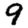
Digit: 9